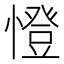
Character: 憕